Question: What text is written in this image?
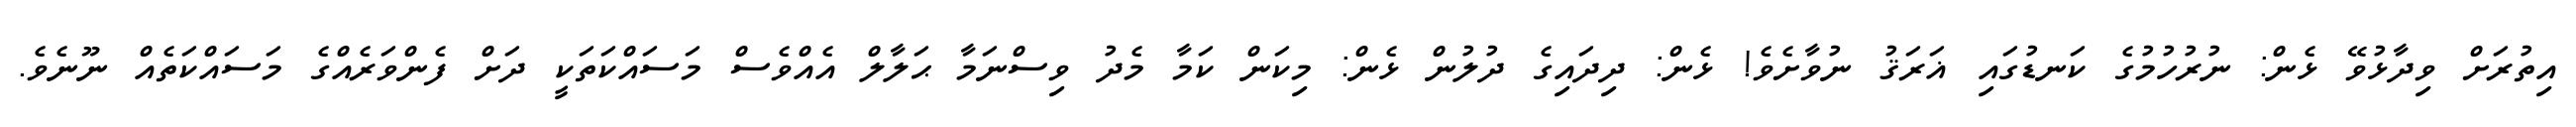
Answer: އިތުރަށް ވިދާޅުވޭ ޅެން: ނުރުހުމުގެ ކަނޑުގައި ޣަރަޤު ނުވާށެވެ! ޅެން: ދިދައިގެ ދުލުން ޅެން: މިކަން ކަމާ މެދު ވިސްނަމާ ޙަލާލް އެއްވެސް މަސައްކަތަކީ ދަށް ފެންވަރެއްގެ މަސައްކަތެއް ނޫނެވެ.